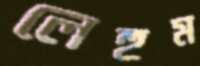
লেহুম